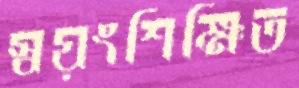
স্বয়ংশিক্ষিত